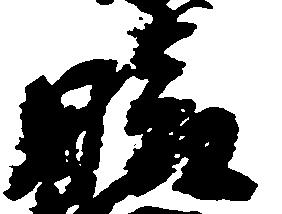
晴